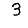
Digit: 3